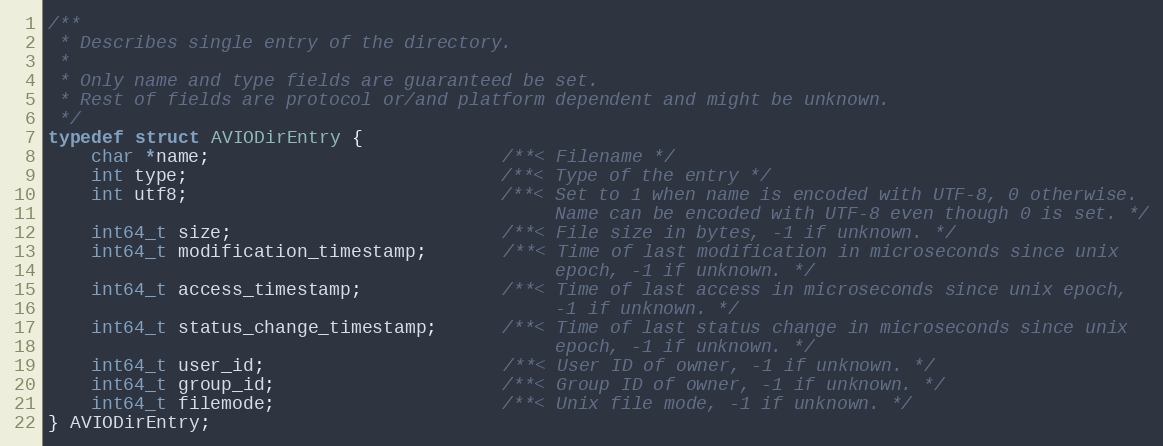
Language: C
/**
 * Describes single entry of the directory.
 *
 * Only name and type fields are guaranteed be set.
 * Rest of fields are protocol or/and platform dependent and might be unknown.
 */
typedef struct AVIODirEntry {
    char *name;                           /**< Filename */
    int type;                             /**< Type of the entry */
    int utf8;                             /**< Set to 1 when name is encoded with UTF-8, 0 otherwise.
                                               Name can be encoded with UTF-8 even though 0 is set. */
    int64_t size;                         /**< File size in bytes, -1 if unknown. */
    int64_t modification_timestamp;       /**< Time of last modification in microseconds since unix
                                               epoch, -1 if unknown. */
    int64_t access_timestamp;             /**< Time of last access in microseconds since unix epoch,
                                               -1 if unknown. */
    int64_t status_change_timestamp;      /**< Time of last status change in microseconds since unix
                                               epoch, -1 if unknown. */
    int64_t user_id;                      /**< User ID of owner, -1 if unknown. */
    int64_t group_id;                     /**< Group ID of owner, -1 if unknown. */
    int64_t filemode;                     /**< Unix file mode, -1 if unknown. */
} AVIODirEntry;